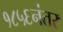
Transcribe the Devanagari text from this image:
१८५६नंतर